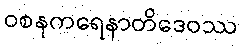
ဝစနကရေနာတိဒေဝဿ